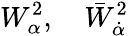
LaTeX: W_{\alpha}^{2},\quad\bar{W}_{\dot{\alpha}}^{2}